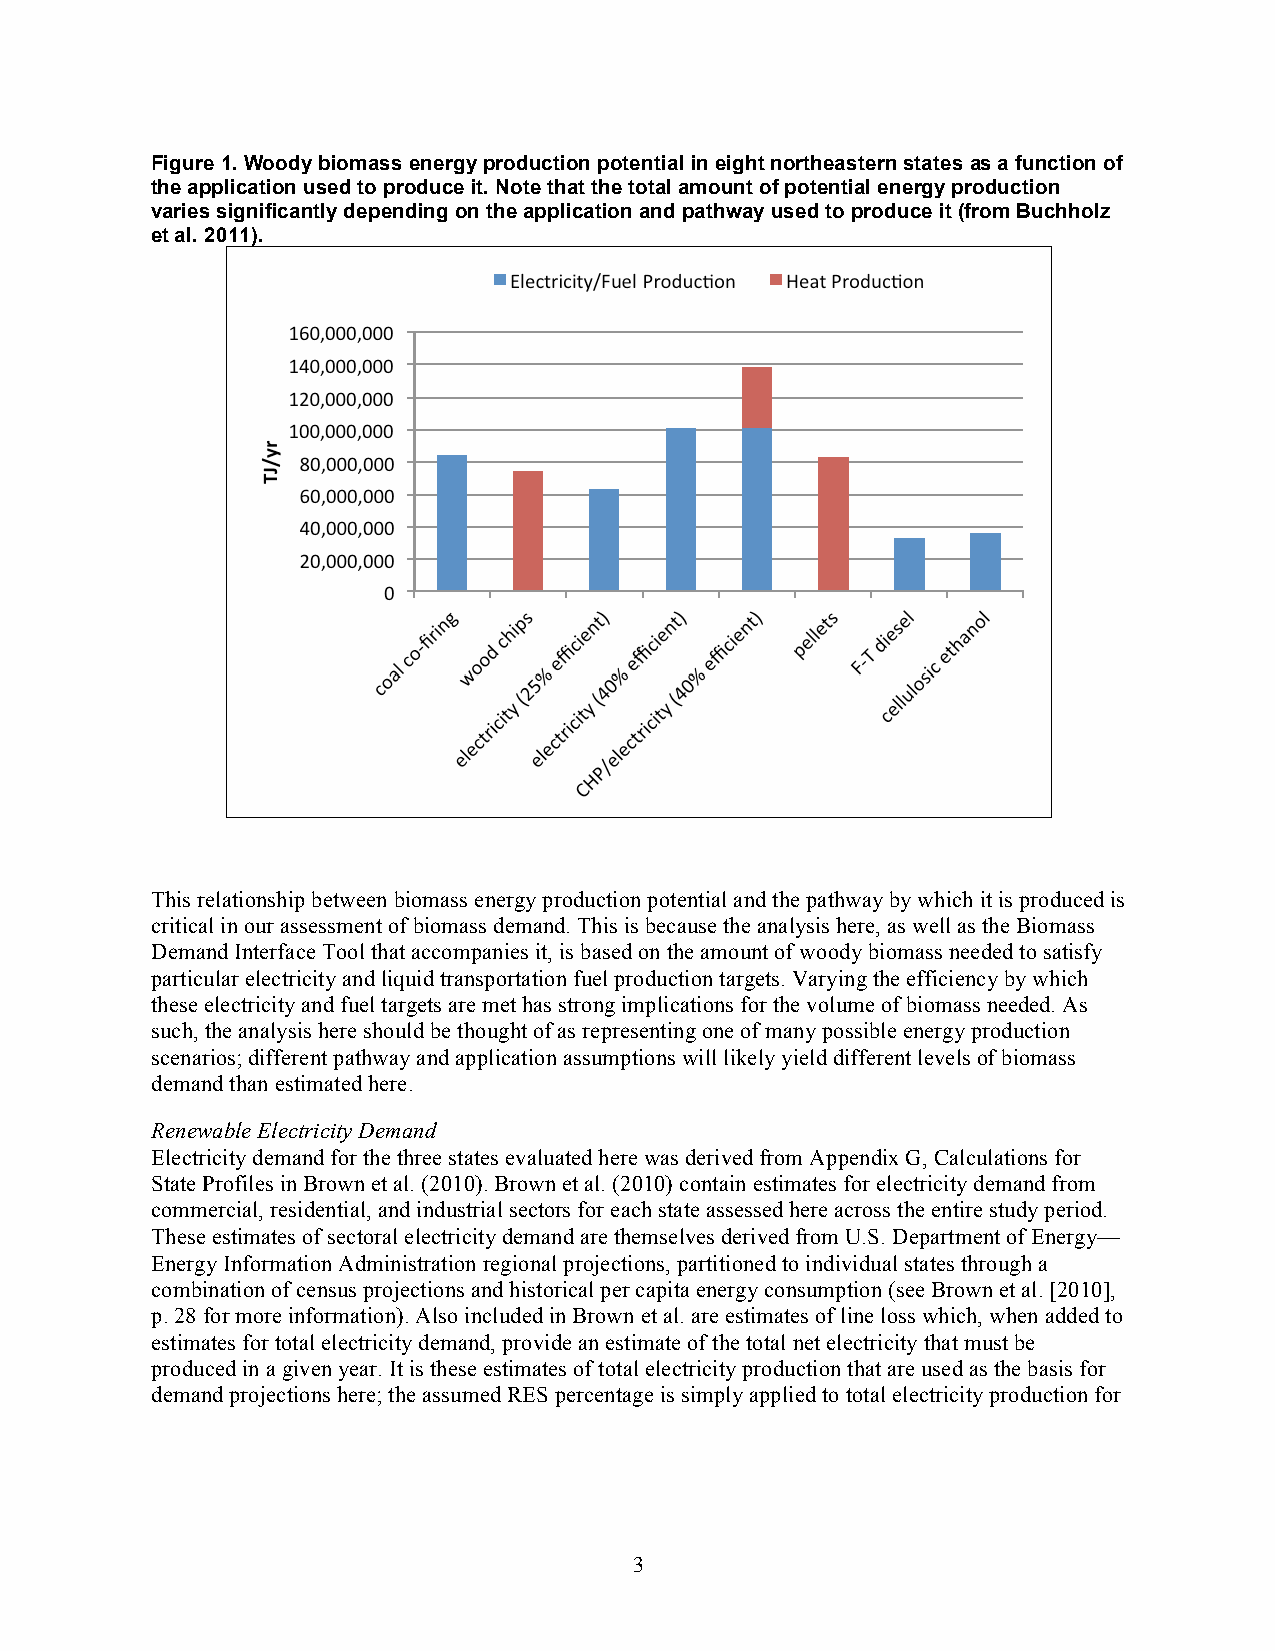
Figure 1. Woody biomass energy production potential in eight northeastern states as a function of
 the application used to produce it. Note that the total amount of potential energy production
 varies significantly depending on the application and pathway used to produce it (from Buchholz
 et al. 2011).
 This relationship between biomass energy production potential and the pathway by which it is produced is
 critical in our assessment of biomass demand. This is because the analysis here, as well as the Biomass
 Demand Interface Tool that accompanies it, is based on the amount of woody biomass needed to satisfy
 particular electricity and liquid transportation fuel production targets. Varying the efficiency by which
 these electricity and fuel targets are met has strong implications for the volume of biomass needed. As
 such, the analysis here should be thought of as representing one of many possible energy production
 scenarios; different pathway and application assumptions will likely yield different levels of biomass
 demand than estimated here.
 Renewable Electricity Demand
 Electricity demand for the three states evaluated here was derived from Appendix G, Calculations for
 State Profiles in Brown et al. (2010). Brown et al. (2010) contain estimates for electricity demand from
 commercial, residential, and industrial sectors for each state assessed here across the entire study period.
 These estimates of sectoral electricity demand are themselves derived from U.S. Department of Energy—
 Energy Information Administration regional projections, partitioned to individual states through a
 combination of census projections and historical per capita energy consumption (see Brown et al. [2010],
 p. 28 for more information). Also included in Brown et al. are estimates of line loss which, when added to
 estimates for total electricity demand, provide an estimate of the total net electricity that must be
 produced in a given year. It is these estimates of total electricity production that are used as the basis for
 demand projections here; the assumed RES percentage is simply applied to total electricity production for
 3